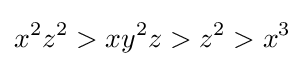
x^{2}z^{2}>xy^{2}z>z^{2}>x^{3}